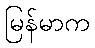
မြန်မာက